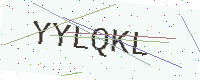
Text: YYLQKL